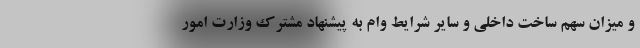
و میزان سهم ساخت داخلی و سایر شرایط وام به پیشنهاد مشترک وزارت امور